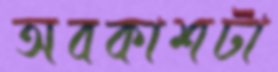
অবকাশটা